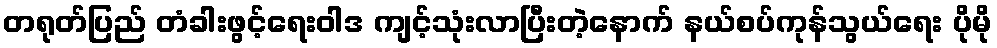
တရုတ်ပြည် တံခါးဖွင့်ရေးဝါဒ ကျင့်သုံးလာပြီးတဲ့နောက် နယ်စပ်ကုန်သွယ်ရေး ပိုမို